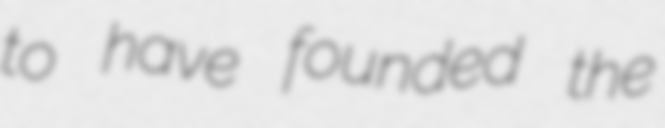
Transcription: to have founded the